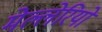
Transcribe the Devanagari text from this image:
मेल्लेरियो